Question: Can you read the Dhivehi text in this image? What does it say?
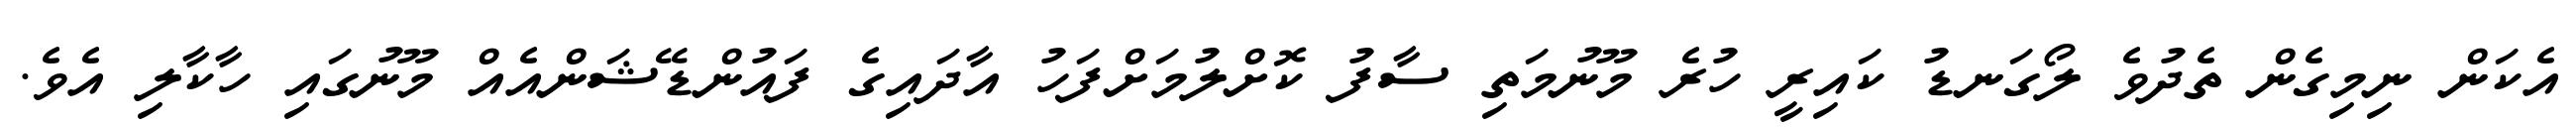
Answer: އެކަން ނިމިގެން ތެދުވެ ލޯގަނޑު ކައިރީ ހުރެ މޫނުމަތި ސާފު ކޮށްލުމަށްފަހު އާދައިގެ ފައުންޑޭޝަންއެއް މޫނުގައި ހާކާލި އެވެ.